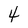
Character: 4